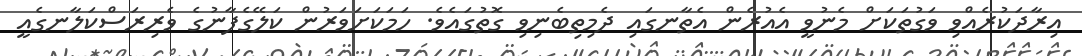
އިރާދަކުރެއްވި ވަގުތަކަށް މެނުވީ އެއުރެން އެތާނގައި ދެމިތިބެނިވި ގޮތުގައެވެ. ހަމަކަށަވަރުން ކަލޭގެފާނުގެ ވެރިރަސްކަލާނގެއީ